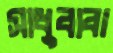
সাধুবাবা